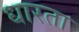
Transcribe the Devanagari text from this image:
धारता